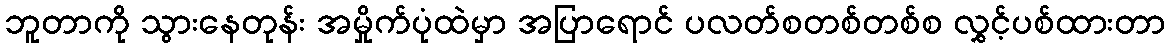
ဘူတာကို သွားနေတုန်း အမှိုက်ပုံထဲမှာ အပြာရောင် ပလတ်စတစ်တစ်စ လွှင့်ပစ်ထားတာ